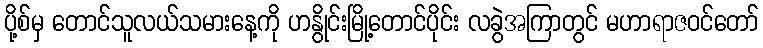
ပို့စ်မှ တောင်သူလယ်သမားနေ့ကို ဟနွိုင်းမြို့တောင်ပိုင်း လခွဲအကြာတွင် မဟာရာဇဝင်တော်